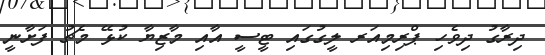
ދިރާގު ދިވެހި ޕްރިމިއަރ ލީގުގައި ޓީސީ އާއި މާޒިޔާ ކުޅޭ މެޗު ފަށާނީ